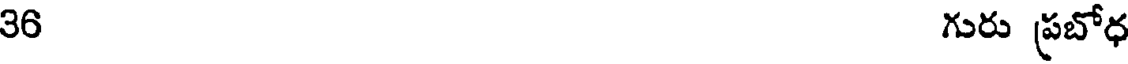
36 గురు ప్రబోధ